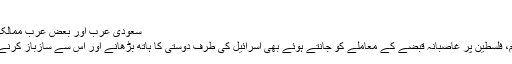
بدھ, اگست 06, 2014 09:53
سعودی عرب اور بعض عرب ممالک حماس کیخلاف اسرائیل کے ساته متحد
امام خمین(رہ): اسلامی ممالک کے حکام، فلسطین پر غاصبانہ قبضے کے معاملے کو جانتے ہوئے بهی اسرائیل کی طرف دوستی کا ہاته بڑهانے اور اس سے سازباز کرنے کے معاملے میں تیزی دکها رہے ہیں!